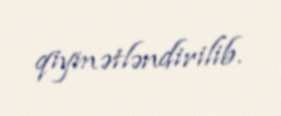
qiymətləndirilib.